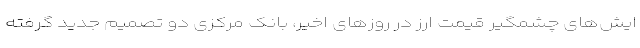
ایش‌های چشمگیر قیمت ارز در روزهای اخیر، بانک مرکزی دو تصمیم جدید گرفته